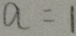
a = 1